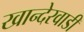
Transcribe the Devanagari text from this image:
खान्देरवाडी